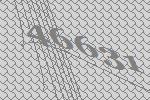
46631